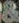
&